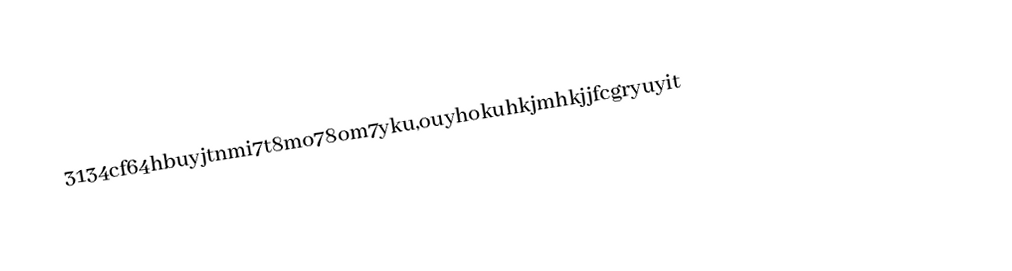
3134cf64hbuyjtnmi7t8mo78om7yku,ouyhokuhkjmhkjjfcgryuyit